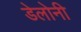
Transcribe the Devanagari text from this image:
डेलोनी